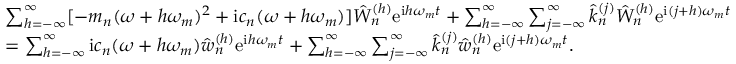
\begin{array} { r l } & { \sum _ { h = - \infty } ^ { \infty } [ - m _ { n } ( \omega + h \omega _ { m } ) ^ { 2 } + \mathrm { i } c _ { n } ( \omega + h \omega _ { m } ) ] \hat { W } _ { n } ^ { ( h ) } \mathrm { e } ^ { \mathrm { i } h \omega _ { m } t } + \sum _ { h = - \infty } ^ { \infty } \sum _ { j = - \infty } ^ { \infty } \hat { k } _ { n } ^ { ( j ) } \hat { W } _ { n } ^ { ( h ) } \mathrm { e } ^ { \mathrm { i } ( j + h ) \omega _ { m } t } } \\ & { = \sum _ { h = - \infty } ^ { \infty } \mathrm { i } c _ { n } ( \omega + h \omega _ { m } ) \hat { w } _ { n } ^ { ( h ) } \mathrm { e } ^ { \mathrm { i } h \omega _ { m } t } + \sum _ { h = - \infty } ^ { \infty } \sum _ { j = - \infty } ^ { \infty } \hat { k } _ { n } ^ { ( j ) } \hat { w } _ { n } ^ { ( h ) } \mathrm { e } ^ { \mathrm { i } ( j + h ) \omega _ { m } t } . } \end{array}